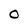
Character: 0